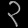
Digit: ၃